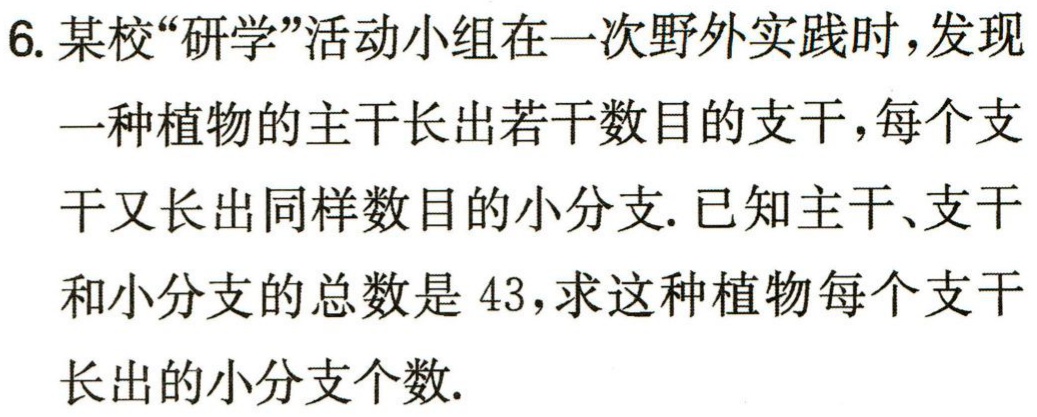
6. 某校“研学”活动小组在一次野外实践时，发现一种植物的主干长出若干数目的支干，每个支干又长出同样数目的小分支. 已知主干、支干和小分支的总数是 43，求这种植物每个支干长出的小分支个数.